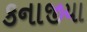
કનાજીયા